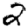
Digit: 2